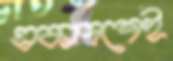
একাদশেই